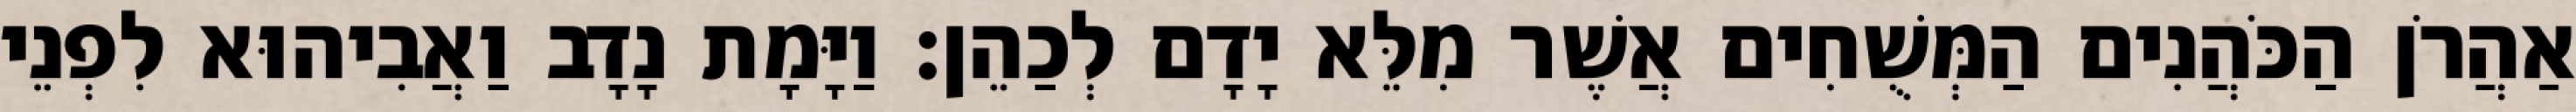
אַהֲרֹן הַכֹּהֲנִים הַמְּשֻׁחִים אֲשֶׁר מִלֵּא יָדָם לְכַהֵן׃ וַיָּמָת נָדָב וַאֲבִיהוּא לִפְנֵי